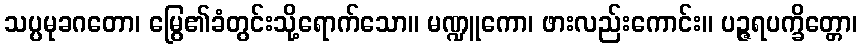
သပ္ပမုခဂတော၊ မြွေ၏ခံတွင်းသို့ရောက်သော။ မဏ္ဍူကော၊ ဖားလည်းကောင်း။ ပဉ္ဇရပက္ခိတ္တော၊